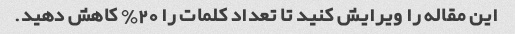
این مقاله را ویرایش کنید تا تعداد کلمات را 20٪ کاهش دهید.